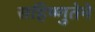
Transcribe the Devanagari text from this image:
सहिष्णुतेने